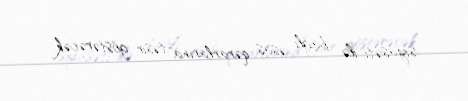
siyasəti ilə bağlı əsas qərarlarına təsir göstərəcək.